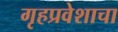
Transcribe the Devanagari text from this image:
गृहप्रवेशाचा